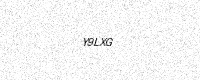
Text: Y9LXG